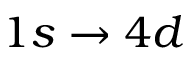
1 s \to 4 d